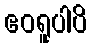
ဧဝရူပါပိ